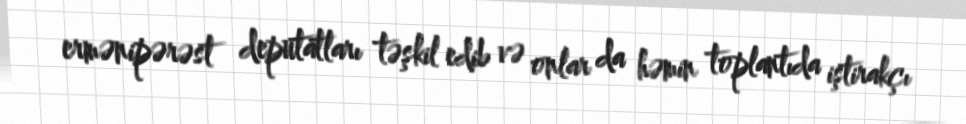
ermənipərəst deputatları təşkil edib və onlar da həmin toplantıda iştirakçı